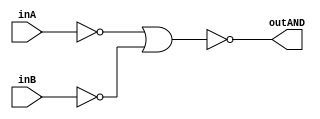
/* CSED273 lab1 experiment 2_i */
/* lab1_2_i.v */


/* Implement AND with {OR, NOT}
 * You are only allowed to wire modules together */
module lab1_2_i(outAND, inA, inB);
    output wire outAND;
    input wire inA, inB;

    not(notA, inA);         // A'
    not(notB, inB);         // B'
    or(temp, notA, notB);   // A'+B'
    not(outAND, temp);      // (A'+B')'

endmodule